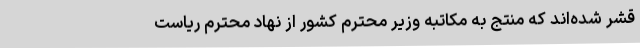
قشر شده‌اند که منتج به مکاتبه وزیر محترم کشور از نهاد محترم ریاست